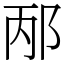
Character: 邴